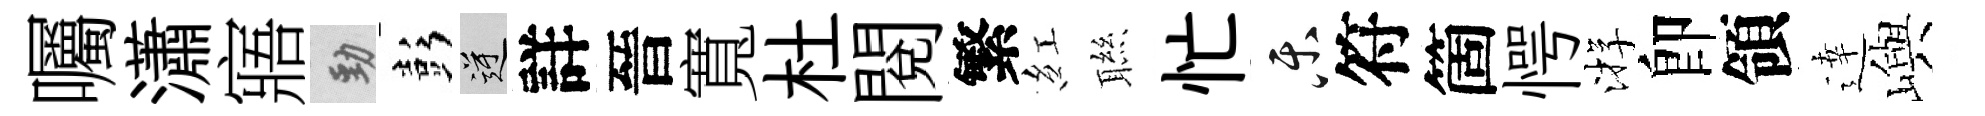
囑瀟寤勁彭逆詳晉寬杜閲繁紅聮忙乐符箇愕㳺卽領逹嶼